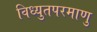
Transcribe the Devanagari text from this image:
विध्युतपरमाणु